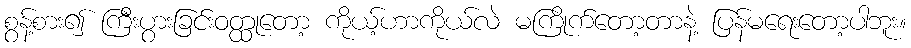
စွန့်စား၍ ကြီးပွားခြင်းဝတ္ထုတော့ ကိုယ့်ဟာကိုယ်လဲ မကြိုက်တော့တာနဲ့ ပြန်မရေးတော့ပါဘူး။